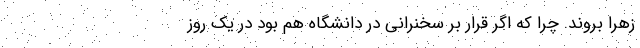
زهرا بروند. چرا که اگر قرار بر سخنرانی در دانشگاه هم بود در یک روز